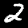
Digit: 2